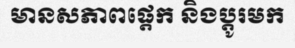
មានសភាពផ្តេក និងប្តូរមក